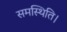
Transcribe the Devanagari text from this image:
समस्थिति।